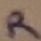
Text: R